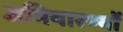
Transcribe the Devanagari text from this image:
अभियारण्यों